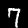
Digit: 7